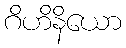
ဂိဟိနိယော